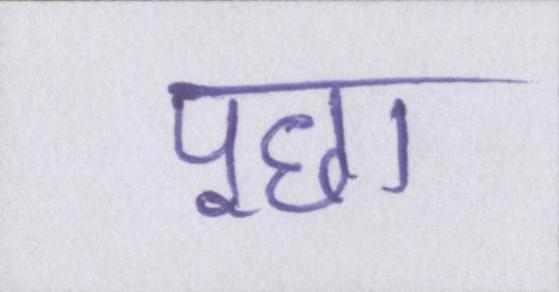
पूछा